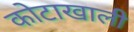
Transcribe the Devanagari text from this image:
कोटाखाली